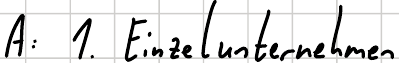
A: 1. Einzelunternehmen